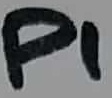
Text: P1